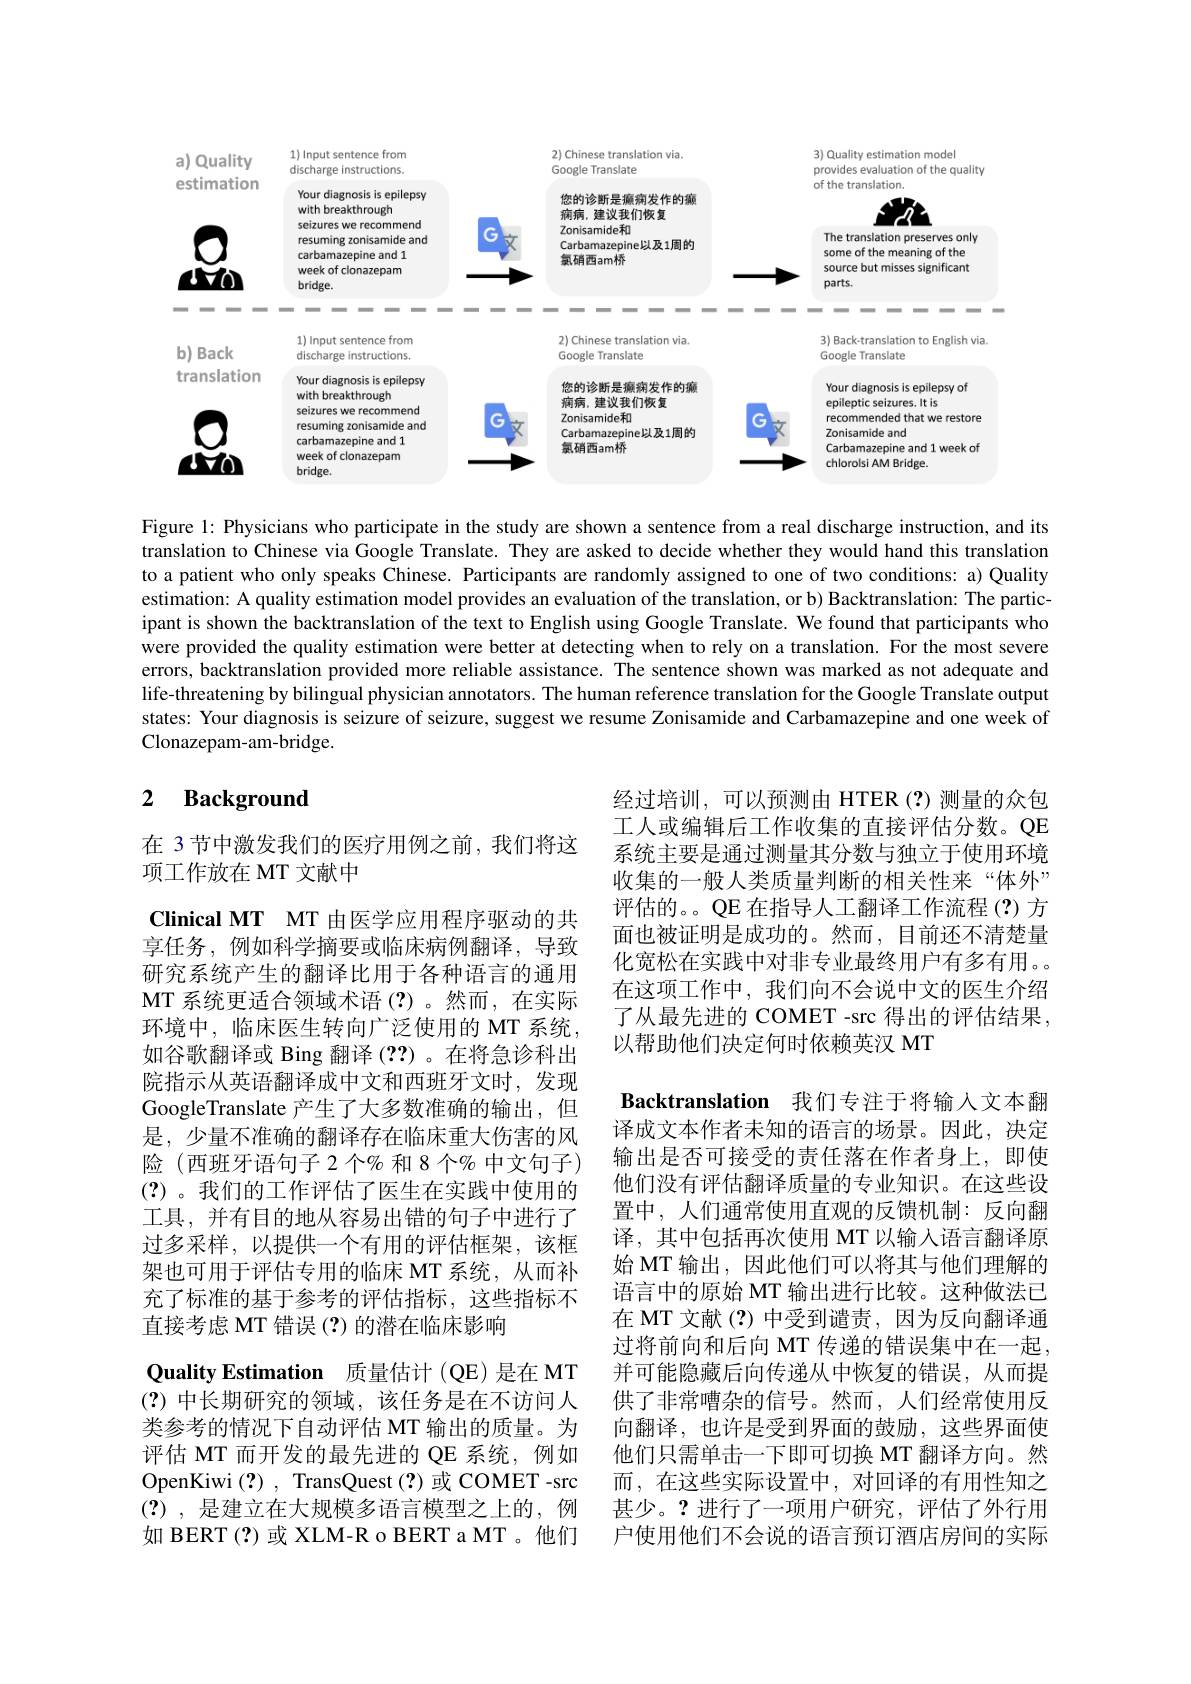
<FigureHere>

Figure 1: Physicians who participate in the study are shown a sentence from a real discharge instruction, and its translation to Chinese via Google Translate. They are asked to decide whether they would hand this translation to a patient who only speaks Chinese. Participants are randomly assigned to one of two conditions: a) Quality estimation: A quality estimation model provides an evaluation of the translation, or b) Backtranslation: The participant is shown the backtranslation of the text to English using Google Translate. We found that participants who were provided the quality estimation were better at detecting when to rely on a translation. For the most severe errors, backtranslation provided more reliable assistance. The sentence shown was marked as not adequate and life-threatening by bilingual physician annotators. The human reference translation for the Google Translate output states: Your diagnosis is seizure of seizure, suggest we resume Zonisamide and Carbamazepine and one week of Clonazepam-am-bridge.

### 2 $\textbf{Background}$

在 3节中激发我们的医疗用例之前，我们将这
项工作放在 MT 文献中

经过培训，可以预测由 HTER(?)测量的众包工人或编辑后工作收集的直接评估分数。QE 系统主要是通过测量其分数与独立于使用环境收集的一般人类质量判断的相关性来“体外” 评估的。。QE 在指导人工翻译工作流程(?)方面也被证明是成功的。然而，目前还不清楚量化宽松在实践中对非专业最终用户有多有用。在这项工作中，我们向不会说中文的医生介绍了从最先进的 COMET -src 得出的评估结果， 以帮助他们决定何时依赖英汉 MT

Clinical MT MT 由医学应用程序驱动的共享任务，例如科学摘要或临床病例翻译，导致研究系统产生的翻译比用于各种语言的通用MT 系统更适合领域术语(?)。然而，在实际环境中，临床医生转向广泛使用的 MT 系统， 如谷歌翻译或 Bing 翻译 (??)。在将急诊科出院指示从英语翻译成中文和西班牙文时，发现GoogleTranslate 产生了大多数准确的输出，但是，少量不准确的翻译存在临床重大伤害的风险(西班牙语句子 2 个% 和 8 个% 中文句子) (?)。我们的工作评估了医生在实践中使用的工具，并有目的地从容易出错的句子中进行了过多采样，以提供一个有用的评估框架，该框架也可用于评估专用的临床 MT 系统，从而补充了标准的基于参考的评估指标，这些指标不直接考虑 MT 错误 (?) 的潜在临床影响
Quality Estimation 质量估计 (QE)是在 MT (?)中长期研究的领域，该任务是在不访问人类参考的情况下自动评估 MT 输出的质量。为评估 MT 而开发的最先进的 QE 系统，例如OpenKiwi (?), TransQuest(?)或 COMET -src (?) ,是建立在大规模多语言模型之上的，例如 BERT (?)或 XLM-R o BERT a MT 。他们

Backtranslation 我们专注于将输人文本翻译成文本作者未知的语言的场景。因此，决定输出是否可接受的责任落在作者身上，即使他们没有评估翻译质量的专业知识。在这些设置中，人们通常使用直观的反馈机制：反向翻译，其中包括再次使用 MT 以输入语言翻译原始 MT 输出，因此他们可以将其与他们理解的语言中的原始 MT 输出进行比较。这种做法已在 MT 文献 (?) 中受到谴责，因为反向翻译通过将前向和后向 MT 传递的错误集中在一起， 并可能隐藏后向传递从中恢复的错误，从而提供了非常嘈杂的信号。然而，人们经常使用反向翻译，也许是受到界面的鼓励，这些界面使他们只需单击一下即可切换 MT 翻译方向。然而，在这些实际设置中，对回译的有用性知之甚少。?进行了一项用户研究，评估了外行用户使用他们不会说的语言预订酒店房间的实际